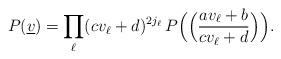
LaTeX: \begin{align*}P(\underline{v})=\prod_\ell(cv_\ell+d)^{2j_\ell}\,P\Big(\Big(\frac{av_\ell+b}{cv_\ell+d}\Big)\Big).\end{align*}